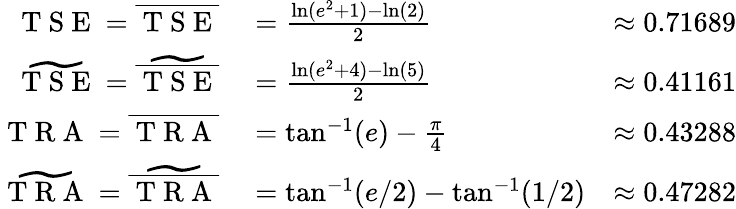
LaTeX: \begin{array}{rlr}{\mathrm{~T~S~E~}=\overline{{\mathrm{~T~S~E~}}}}&{{}=\frac{\ln(e^{2}+1)-\ln(2)}{2}}&{\approx 0.71689}\\ {\widetilde{\mathrm{~T~S~E~}}=\widetilde{\overline{{\mathrm{~T~S~E~}}}}}&{{}=\frac{\ln(e^{2}+4)-\ln(5)}{2}}&{\approx 0.41161}\\ {\mathrm{~T~R~A~}=\overline{{\mathrm{~T~R~A~}}}}&{{}=\tan^{-1}(e)-\frac{\pi}{4}}&{\approx 0.43288}\\ {\widetilde{\mathrm{~T~R~A~}}=\widetilde{\overline{{\mathrm{~T~R~A~}}}}}&{{}=\tan^{-1}(e/2)-\tan^{-1}(1/2)}&{\approx 0.47282}\end{array}